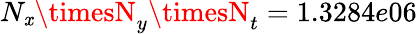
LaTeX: N_{\mathit{x}}\timesN_{y}\timesN_{t}=1.3284e06